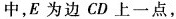
中，E为边CD上一点，